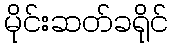
မိုင်းဆတ်ခရိုင်